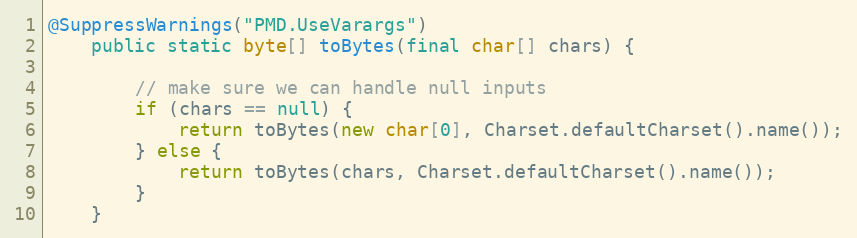
Language: Java
@SuppressWarnings("PMD.UseVarargs")
    public static byte[] toBytes(final char[] chars) {

        // make sure we can handle null inputs
        if (chars == null) {
            return toBytes(new char[0], Charset.defaultCharset().name());
        } else {
            return toBytes(chars, Charset.defaultCharset().name());
        }
    }